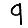
Digit: 9